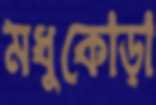
মধুকোড়া